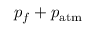
p _ { f } + p _ { \mathrm { a t m } }